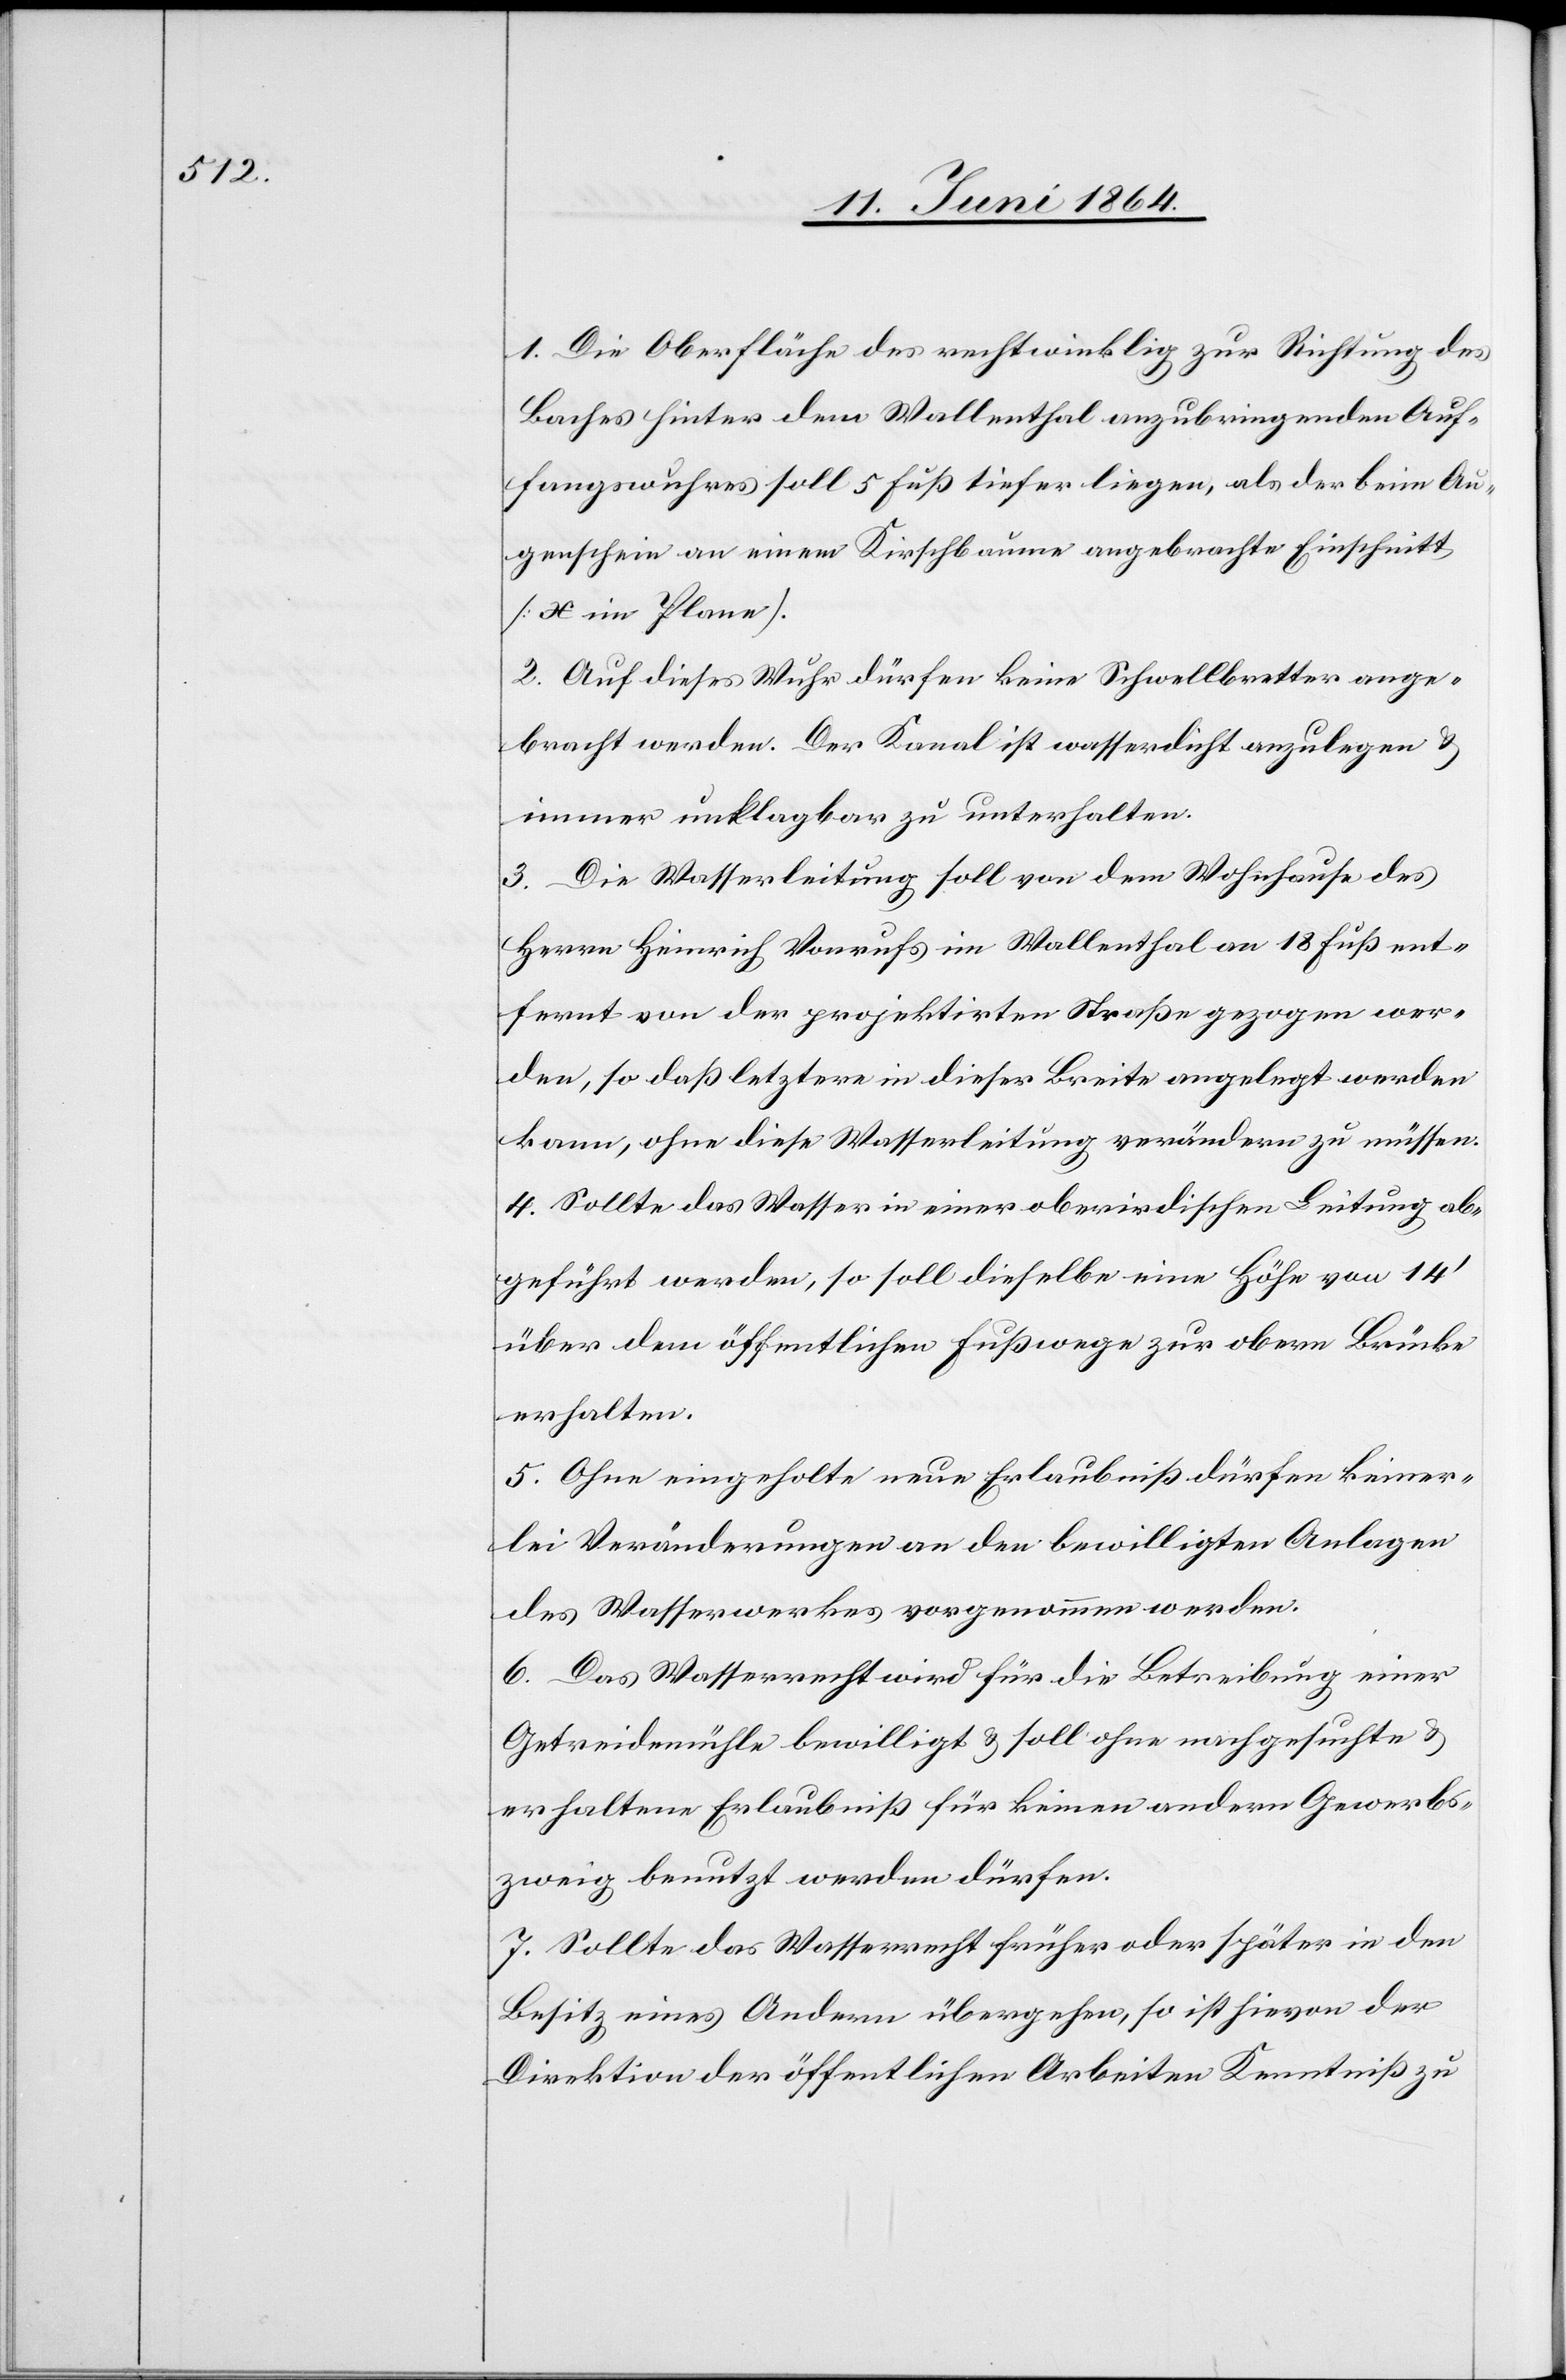
1. Die Oberfläche des rechtwinklig zur Richtung des
Baches hinter dem Wallenthal anzubringenden Auf¬
fangwuhres soll 5 Fuß tiefer liegen, als der beim Au¬
genschein an einem Kirschbaume angebrachte Einschnitt
[x im Plane].
2. Auf dieses Wuhr dürfen keine Schwellbretter ange¬
bracht werden. Der Kanal ist wasserdicht anzulegen u.
immer unklagbar zu unterhalten.
3. Die Wasserleitung soll von dem Wohnhause des
Herrn Heinrich Vonrufs im Wallenthal an 18 Fuß ent¬
fernt von der projektirten Straße gezogen wer¬
den, so daß letztere in dieser Breite angelegt werden
kann, ohne diese Wasserleitung verändern zu müssen.
4. Sollte das Wasser in einer oberirdischen Leitung ab¬
geführt werden, so soll dieselbe eine Höhe von 14’
über dem öffentlichen Fußwege zur obern Brücke
erhalten.
5. Ohne eingeholte neue Erlaubniß dürfen keiner¬
lei Veränderungen an den bewilligten Anlagen
des Wasserwerkes vorgenommen werden.
6. Das Wasserrecht wird für die Betreibung einer
Getreidemühle bewilligt u. soll ohne nachgesuchte u.
erhaltene Erlaubniß für keinen andern Gewerbs¬
zweig benutzt werden dürfen.
7. Sollte das Wasserrecht früher oder später in den
Besitz eines Andern übergehen, so ist hievon der
Direktion der öffentlichen Arbeiten Kenntniß zu